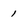
Character: 1